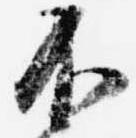
不